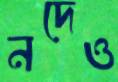
নদেও